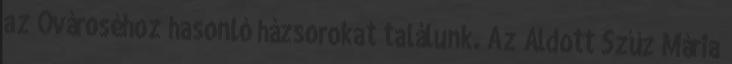
az Óvároséhoz hasonló házsorokat találunk. Az Áldott Szűz Mária